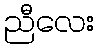
ညီလေး